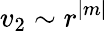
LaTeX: v_{2}\sim r^{|m|}